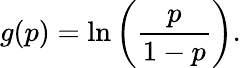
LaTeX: g(p)=\ln\left({\frac{p}{1-p}}\right).